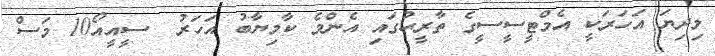
މިދިޔަ އަހަރަކީ އެމްޓީސީސީގެ ތާރީޙުގައި އެންމެ ކާމިޔާބު އަހަރު  ސީއީއޯ10 މަސް